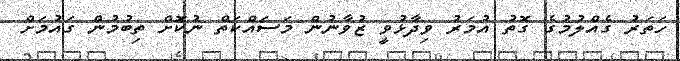
ހަތަރު ގެއްލުމުގެ ގޮތު އުމަރު ވިދާޅުވީ ޒުވާނުން މަސައްކަތް ނުކޮށް ތިބުމުން ގައުމަށް